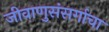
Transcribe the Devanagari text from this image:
जीवाणुसंसर्गाचा